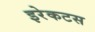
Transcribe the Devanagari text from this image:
इरेकटस